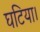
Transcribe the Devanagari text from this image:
घटिया।